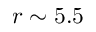
r \sim 5 . 5